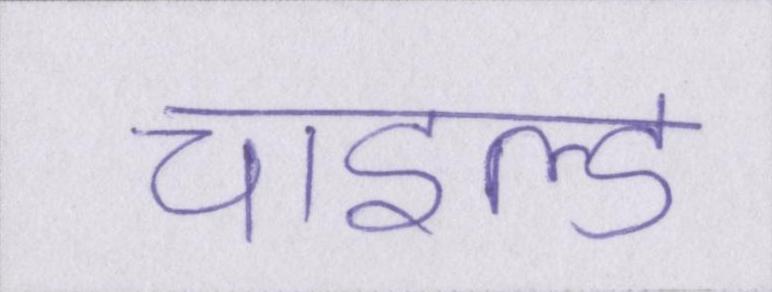
चाइल्ड